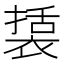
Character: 𮖔